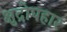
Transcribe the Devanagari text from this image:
क्षुद्रोपहार